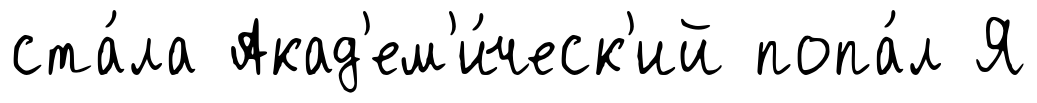
ста́ла Акад'ем'и́ческ'ий попа́л Я